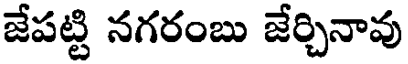
జేపట్టి నగరంబు జేర్చినావు